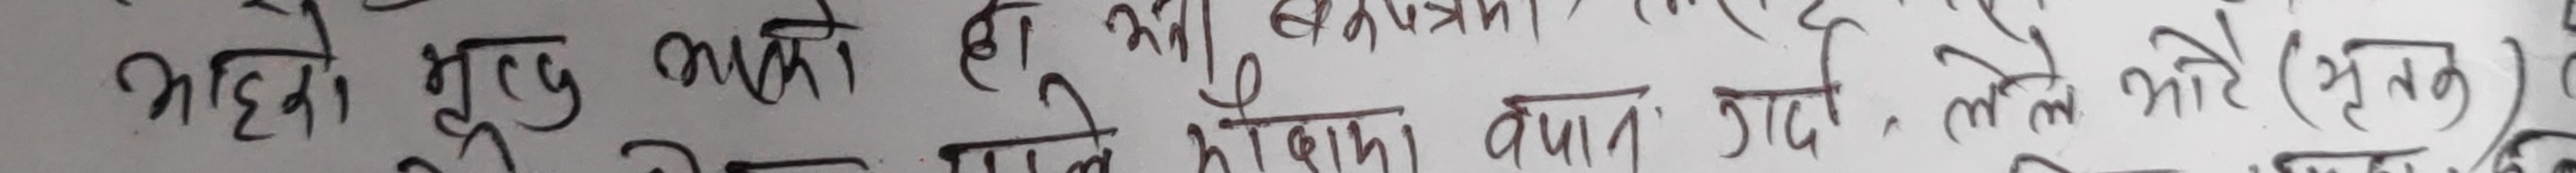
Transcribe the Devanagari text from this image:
आएको मृत्यु पापको हुँ झन् सयन्त्र हामी बन् जादैन लेले माथि (मृत्यु)